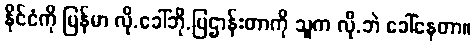
နိုင်ငံကို မြန်မာ လို.ခေါ်ဘို.ပြဌာန်းတာကို သူက လို.ဘဲ ခေါ်နေတာ။